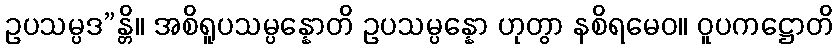
ဥပသမ္ပဒ”န္တိ။ အစိရူပသမ္ပန္နောတိ ဥပသမ္ပန္နော ဟုတွာ နစိရမေဝ။ ဝူပကဋ္ဌောတိ